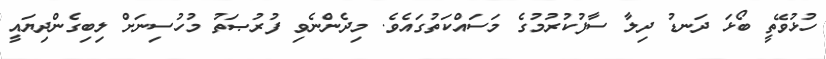
ހުޅުވޭތީ ބޯޅަ ދަނޑު ދިލާ ސާފުކުރުމުގެ މަސައްކަތުގައެވެ. މިދެންނެވި ފުރުޞަތު މުހުސިނަށް ލިބިގެންދިޔައީ